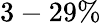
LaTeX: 3-29\%